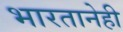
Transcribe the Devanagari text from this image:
भारतानेही